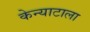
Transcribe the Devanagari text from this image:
केन्याटाला